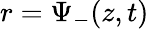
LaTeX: r=\Psi_{-}(z,t)